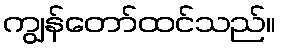
ကျွန်တော်ထင်သည်။